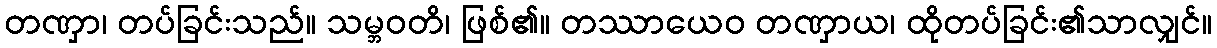
တဏှာ၊ တပ်ခြင်းသည်။ သမ္ဘဝတိ၊ ဖြစ်၏။ တဿာယေဝ တဏှာယ၊ ထိုတပ်ခြင်း၏သာလျှင်။